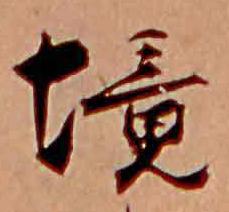
境